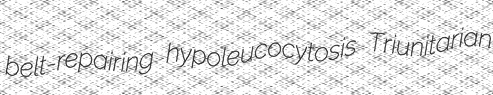
belt-repairing hypoleucocytosis Triunitarian